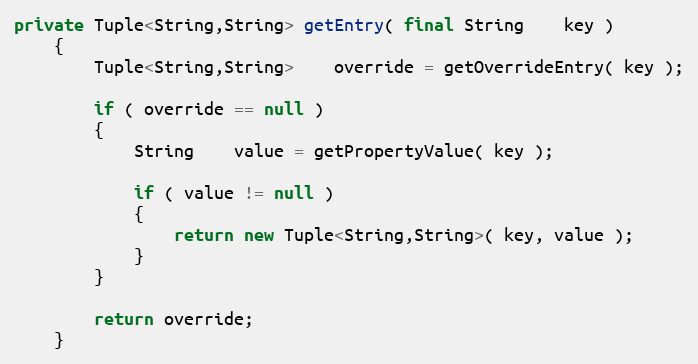
Language: Java
private Tuple<String,String> getEntry( final String    key )
    {
        Tuple<String,String>    override = getOverrideEntry( key );

        if ( override == null )
        {
            String    value = getPropertyValue( key );

            if ( value != null )
            {
                return new Tuple<String,String>( key, value );
            }
        }

        return override;
    }